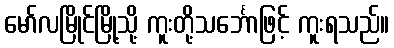
မော်လမြိုင်မြို့သို့ ကူးတို့သင်္ဘောဖြင့် ကူးရသည်။